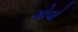
ગોવો